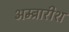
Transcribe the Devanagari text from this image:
अम्ब्रारीश